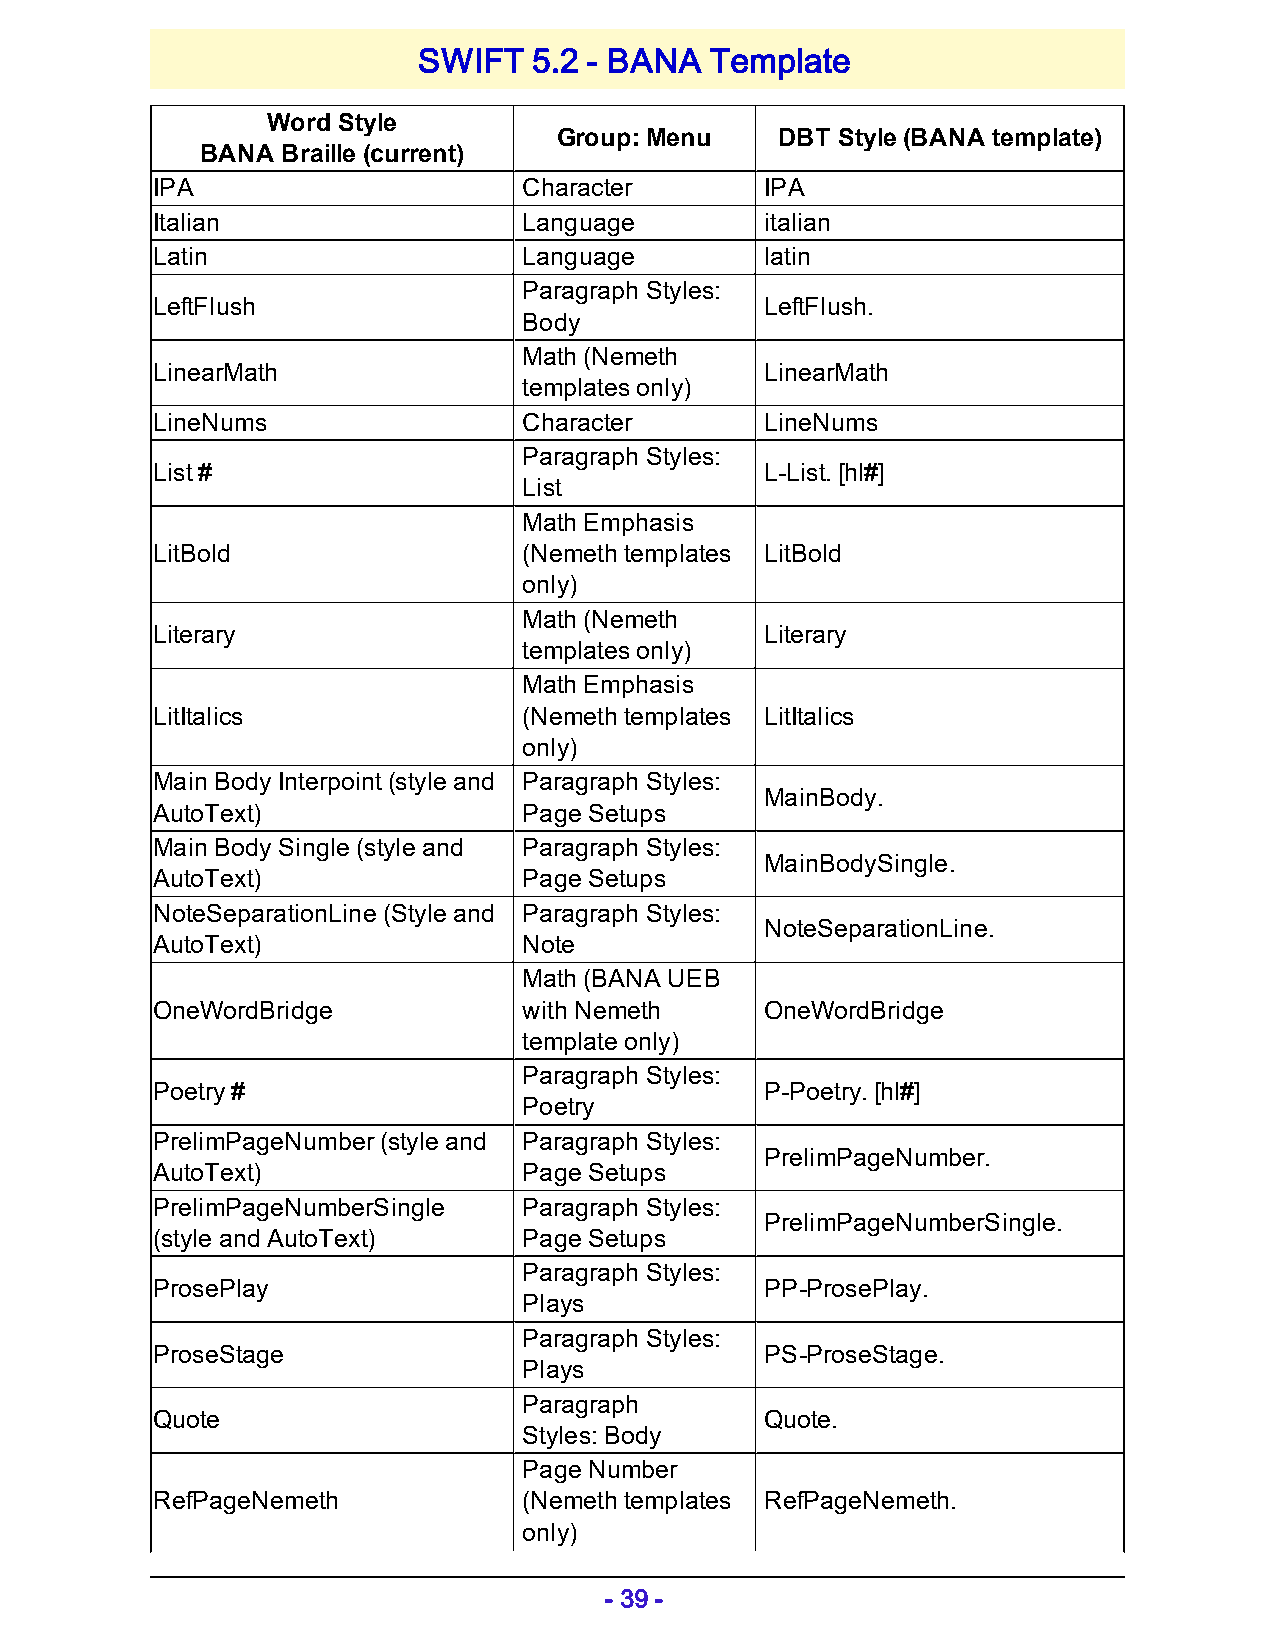
SWIFT  5.2 - BANA  Template
 Word Style
 Group: Menu    DBT Style (BANA template)
 BANA  Braille (current)
 IPA                      Character       IPA
 Italian                  Language        italian
 Latin                    Language        latin
 Paragraph Styles:
 LeftFlush                                LeftFlush.
 Body
 Math (Nemeth
 LinearMath                               LinearMath
 templates only)
 LineNums                 Character       LineNums
 Paragraph Styles:
 List #                                   L-List. [hl#]
 List
 Math Emphasis
 LitBold                  (Nemeth templates LitBold
 only)
 Math (Nemeth
 Literary                                 Literary
 templates only)
 Math Emphasis
 LitItalics               (Nemeth templates LitItalics
 only)
 Main Body Interpoint (style and Paragraph Styles:
 MainBody.
 AutoText)                Page Setups
 Main Body Single (style and Paragraph Styles:
 MainBodySingle.
 AutoText)                Page Setups
 NoteSeparationLine (Style and Paragraph Styles:
 NoteSeparationLine.
 AutoText)                Note
 Math (BANA UEB
 OneWordBridge            with Nemeth     OneWordBridge
 template only)
 Paragraph Styles:
 Poetry #                                 P-Poetry. [hl#]
 Poetry
 PrelimPageNumber (style and Paragraph Styles:
 PrelimPageNumber.
 AutoText)                Page Setups
 PrelimPageNumberSingle   Paragraph Styles:
 PrelimPageNumberSingle.
 (style and AutoText)     Page Setups
 Paragraph Styles:
 ProsePlay                                PP-ProsePlay.
 Plays
 Paragraph Styles:
 ProseStage                               PS-ProseStage.
 Plays
 Paragraph
 Quote                                    Quote.
 Styles: Body
 Page Number
 RefPageNemeth            (Nemeth templates RefPageNemeth.
 only)
 - 39 -